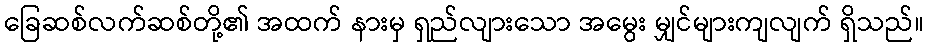
ခြေဆစ်လက်ဆစ်တို့၏ အထက် နားမှ ရှည်လျားသော အမွေး မျှင်များကျလျက် ရှိသည်။